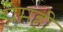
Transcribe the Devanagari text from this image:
प्रेमही